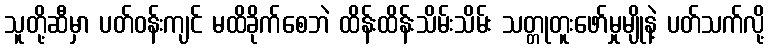
သူတို့ဆီမှာ ပတ်ဝန်းကျင် မထိခိုက်စေဘဲ ထိန်းထိန်းသိမ်းသိမ်း သတ္တုတူးဖော်မှုမျိုနဲ့ ပတ်သက်လို့